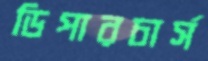
ডিপারচার্স